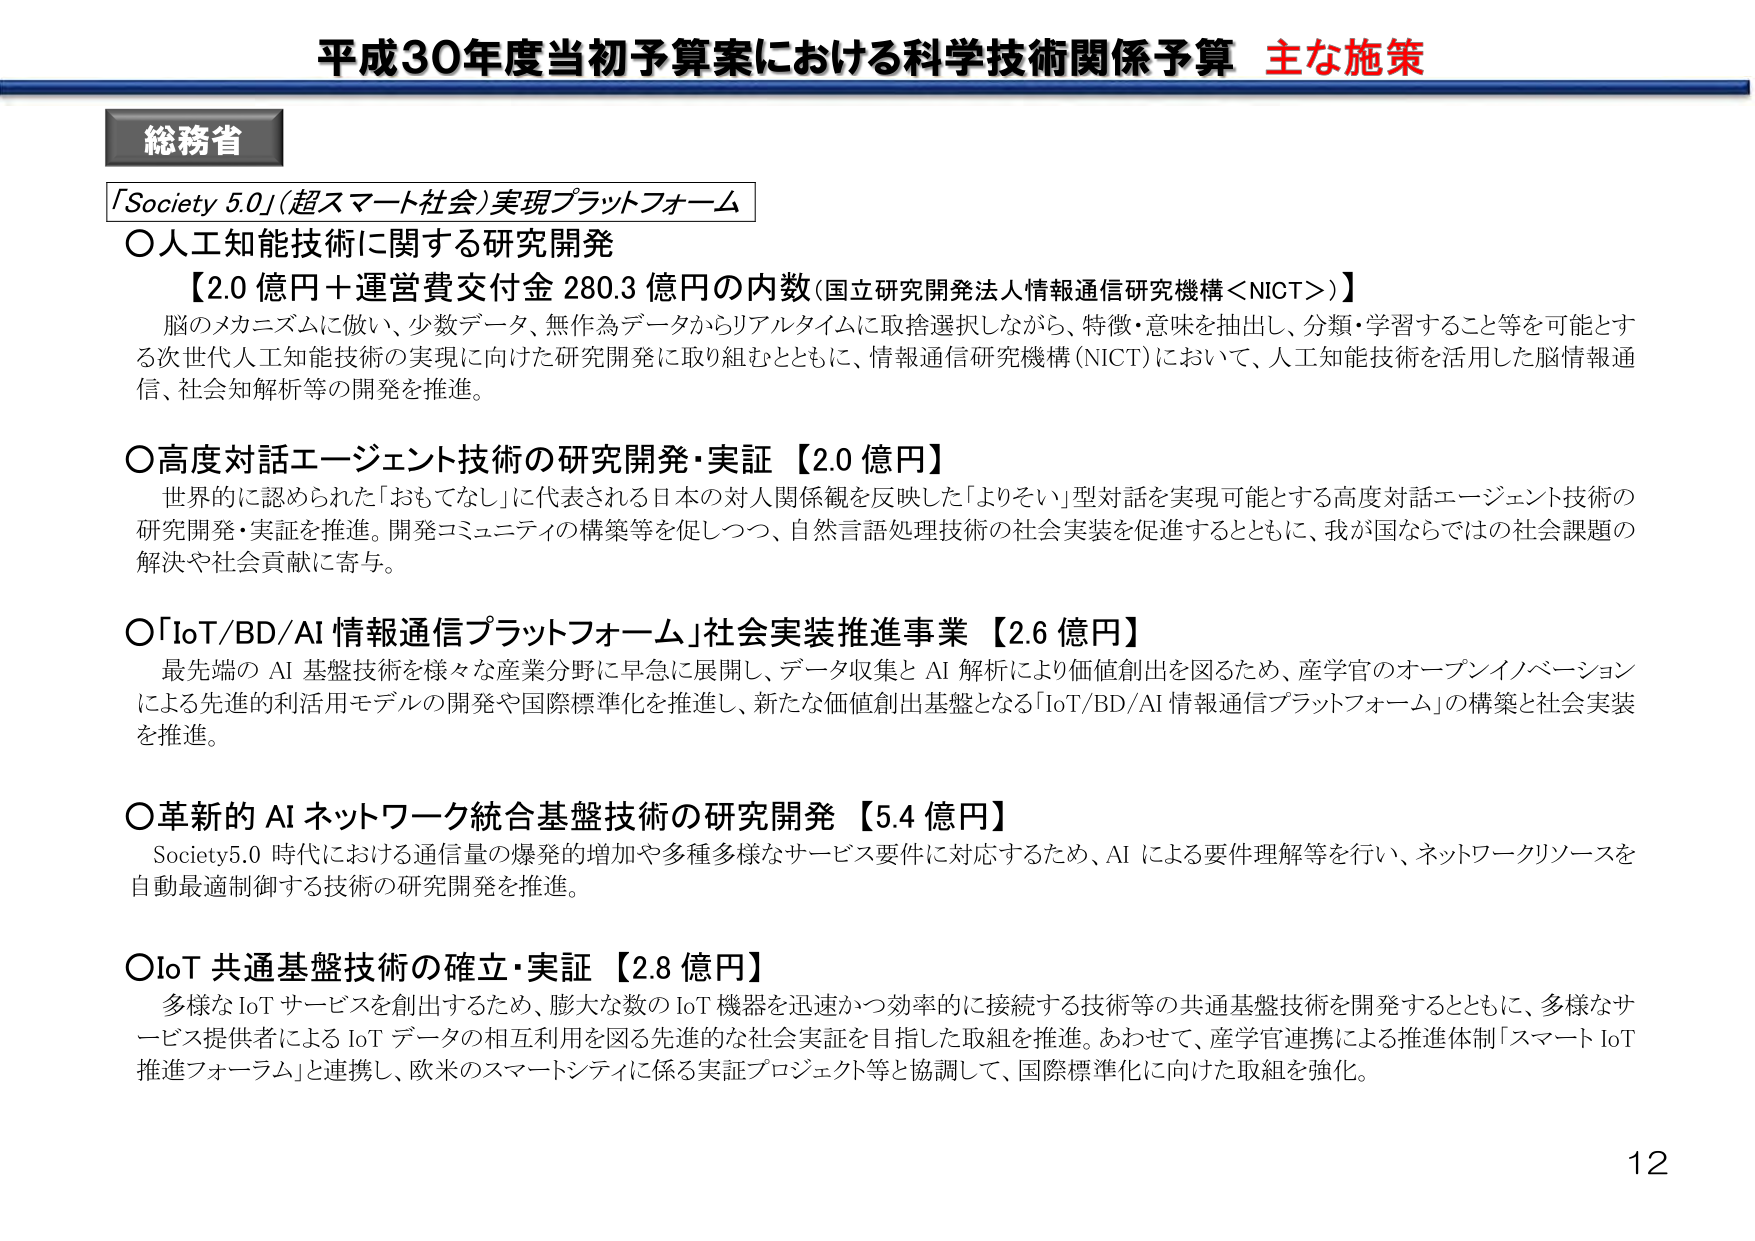
平成30年度当初予算案における科学技術関係予算 主な施策

総務省

「Society 5.0」（超スマート社会）実現プラットフォーム

○人工知能技術に関する研究開発
【2.0 億円＋運営費交付金 280.3 億円の内数（国立研究開発法人情報通信研究機構＜NICT＞）】
脳のメカニズムに倣い、少数データ、無作為データからリアルタイムに取捨選択しながら、特徴・意味を抽出し、分類・学習すること等を可能とする次世代人工知能技術の実現に向けた研究開発に取り組むとともに、情報通信研究機構（NICT）において、人工知能技術を活用した脳情報通信、社会知解析等の開発を推進。

○高度対話エージェント技術の研究開発・実証 【2.0 億円】
世界的に認められた「おもてなし」に代表される日本の対人関係観を反映した「よりそい」型対話を実現可能とする高度対話エージェント技術の研究開発・実証を推進。開発コミュニティの構築等を促しつつ、自然言語処理技術の社会実装を促進するとともに、我が国ならではの社会課題の解決や社会貢献に寄与。

○「IoT/BD/AI 情報通信プラットフォーム」社会実装推進事業 【2.6 億円】
最先端の AI 基盤技術を様々な産業分野に早急に展開し、データ収集と AI 解析により価値創出を図るため、産学官のオープンイノベーションによる先進的利活用モデルの開発や国際標準化を推進し、新たな価値創出基盤となる「IoT/BD/AI 情報通信プラットフォーム」の構築と社会実装を推進。

○革新的 AI ネットワーク統合基盤技術の研究開発 【5.4 億円】
Society5.0 時代における通信量の爆発的増加や多種多様なサービス要件に対応するため、AI による要件理解等を行い、ネットワークリソースを自動最適制御する技術の研究開発を推進。

○IoT 共通基盤技術の確立・実証 【2.8 億円】
多様な IoT サービスを創出するため、膨大な数の IoT 機器を迅速かつ効率的に接続する技術等の共通基盤技術を開発するとともに、多様なサービス提供者による IoT データの相互利用を図る先進的な社会実証を目指した取組を推進。あわせて、産学官連携による推進体制「スマート IoT 推進フォーラム」と連携し、欧米のスマートシティに係る実証プロジェクト等と協調して、国際標準化に向けた取組を強化。

12